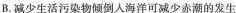
B.减少生活污染物倾倒人海洋可减少赤潮的发生